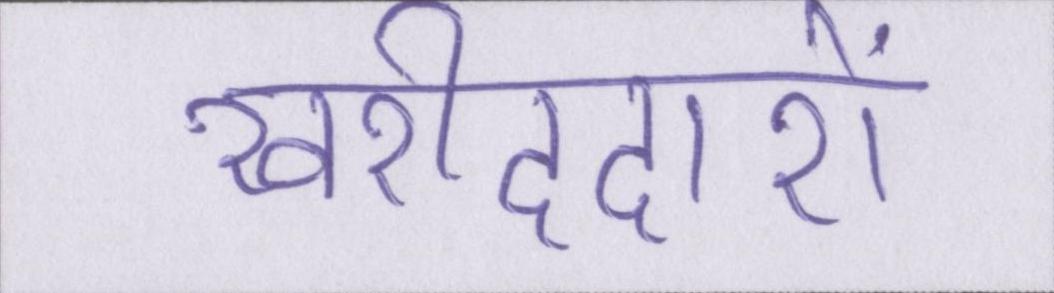
खरीददारों